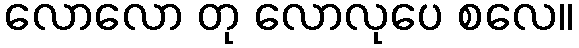
လောလော တု လောလုပေ စလေ။